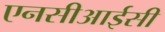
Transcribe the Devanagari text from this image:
एनसीआईसी